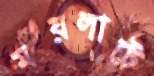
ময়লাটে